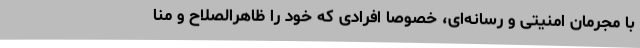
با مجرمان امنیتی و رسانه‌ای، خصوصا افرادی که خود را ظاهرالصلاح و منّا